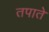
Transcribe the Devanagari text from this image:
तपाते